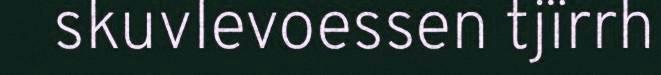
skuvlevoessen tjïrrh